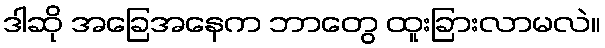
ဒါဆို အခြေအနေက ဘာတွေ ထူးခြားလာမလဲ။